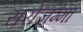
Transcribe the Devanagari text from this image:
सरोजम्मा